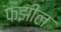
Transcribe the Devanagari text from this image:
फझील